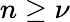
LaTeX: n\geq\nu